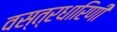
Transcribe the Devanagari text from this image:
वस्त्रधारिणी